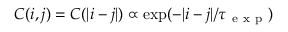
C ( i , j ) = C ( | i - j | ) \propto \exp ( - | i - j | / \tau _ { \mathrm { ~ e ~ x ~ p ~ } } )